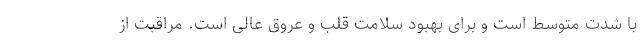
با شدت متوسط است و برای بهبود سلامت قلب و عروق عالی است. مراقبت از